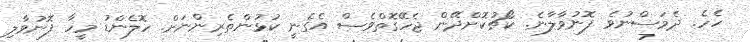
ހެހެ. ދެމަސްނުވެ ފޮނުވާލާނެ. ކޯޗުކޮށްދޭން ޖެހޭގޮތްވެސް އެގެނީ ކުޅުންތެރިންނަށް. ހޮލެންޑު މީހާ ފޮނުވާލި